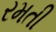
રમતી